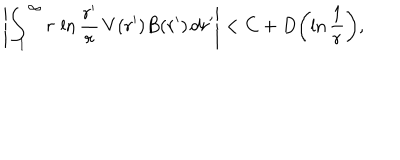
LaTeX: \left| \int _ { 1 } ^ { \infty } r \, \ln { \frac { r ^ { \prime } } { r } } \, V ( r ^ { \prime } ) B ( r ^ { \prime } ) \, d r ^ { \prime } \right| < C + D \biggl ( \ln { \frac { 1 } { r } } \biggr ) ,